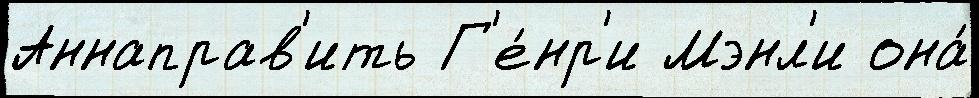
Аннаправ'ить Г'е́нр'и Мэнл'и она́